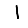
Digit: 1